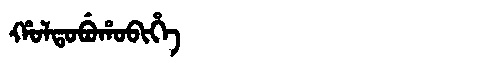
Manchu: ᡥᠣᠯᡨᠣᠪᡠᡥᠣᠪᡳᡥᡝ
Romanization: HOLTOBUHOBIHE